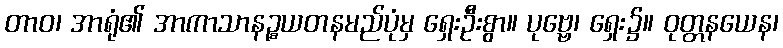
တာဝ၊ အာရုံ၏ အာကာသာနဉ္စယတနမည်ပုံမှ ရှေးဦးစွာ။ ပုဗ္ဗေ၊ ရှေး၌။ ဝုတ္တနယေန၊